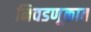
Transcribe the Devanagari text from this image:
निवडणूकात